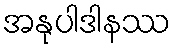
အနုပါဒါနဿ